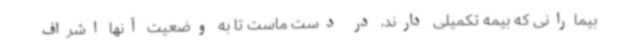
بیمارانی که بیمه تکمیلی دارند، در دست ماست تا به وضعیت آنها اشراف